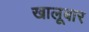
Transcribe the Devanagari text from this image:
खालूबार